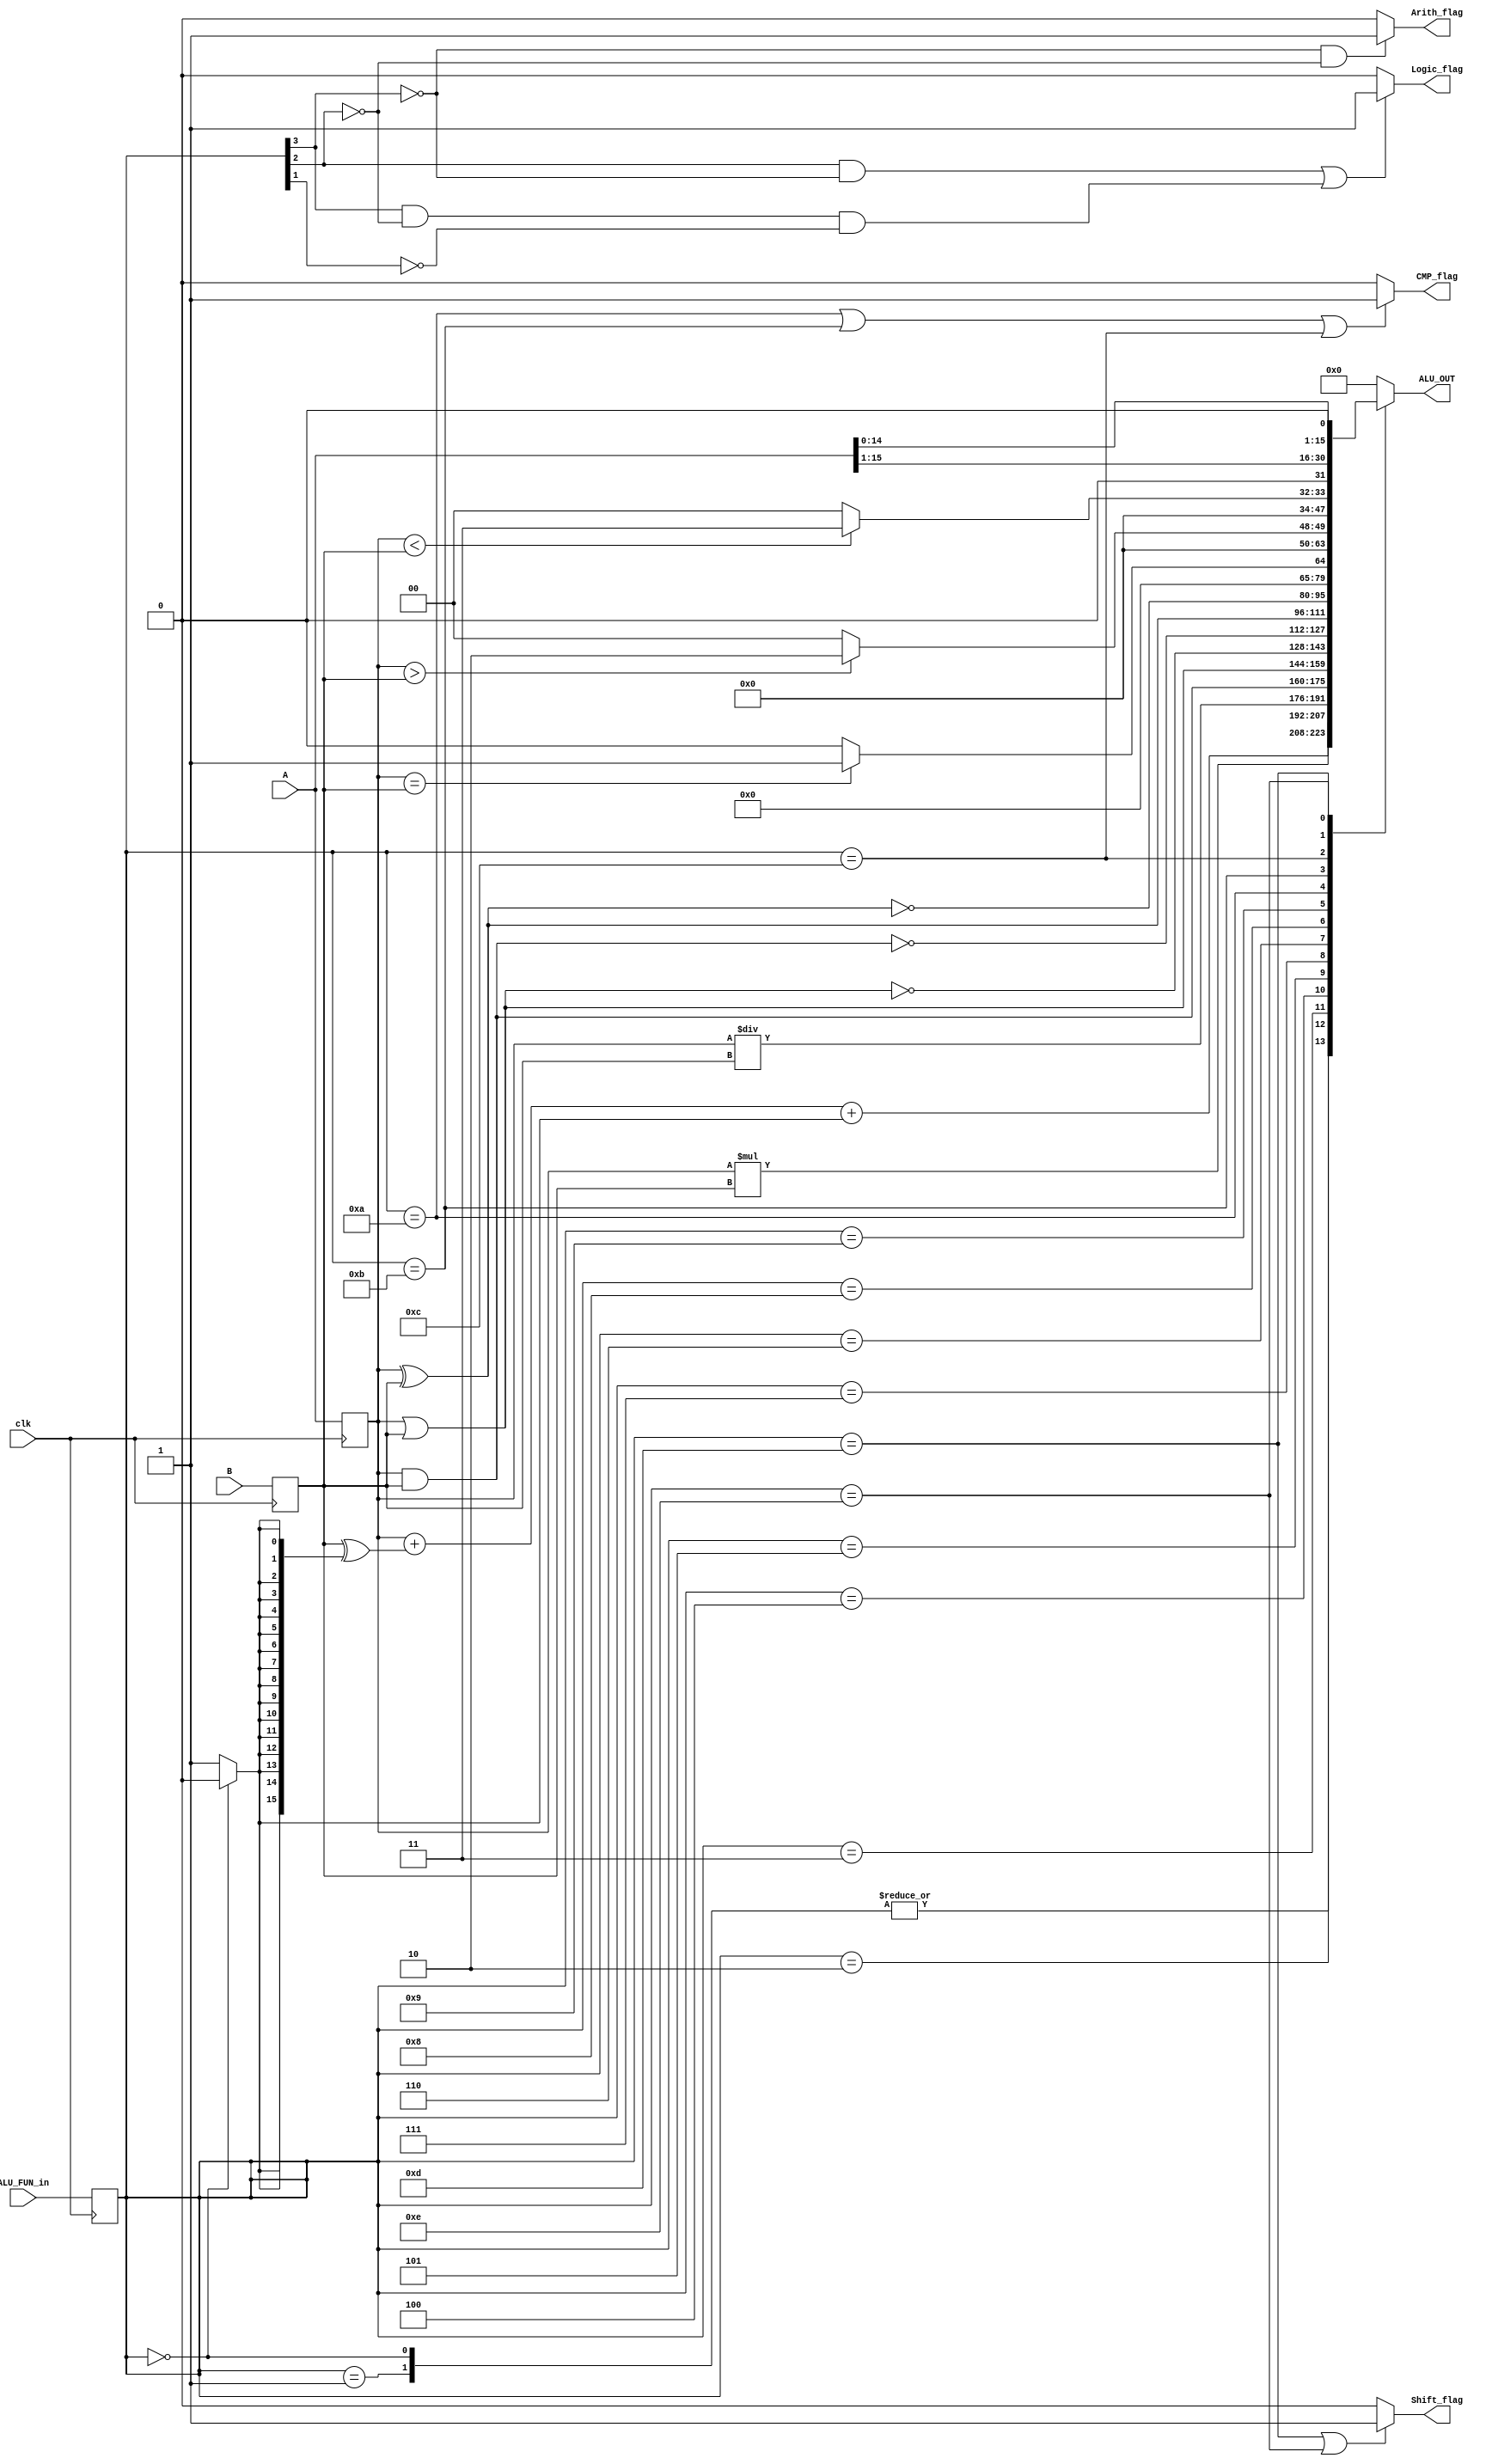
module ALU_UNIT(
input [15:0]A,B,
input [3:0]ALU_FUN_in, //its value not known-->> ALU_OUT=16'b0

input clk,
output Arith_flag, Logic_flag, CMP_flag, Shift_flag,
output reg [15:0] ALU_OUT
);
  parameter ADD=0, SUB=1, MUL=2, DIV=3, AND=4, OR=5, NAND=6, 
    NOR=7, XOR=8, XNOR=9, CMPEQ=10, CMPGT=11, CMPLE=12,
    SHR=13, SHL=14;

  
  
  reg [15:0]Areg,Breg; //registers to isolate the operands A,B for a better power performance
  reg [3:0]ALU_FUN;
  reg [15:0] ALU_OUT_registered;
  
  wire subFlag;
  wire [15:0]  Result, addendOrSubbed;
  
  assign Arith_flag=(ALU_FUN[3]==0 & ALU_FUN[2] == 0) ?1:0;
  assign Logic_flag=( ( ALU_FUN[2] == 1 &&ALU_FUN[3]==0)  || (ALU_FUN[3]==1 && ALU_FUN[2] == 0 && ALU_FUN[1] == 0) )?1:0;
  assign CMP_flag=(ALU_FUN == 4'b1010 ||ALU_FUN == 4'b1011 ||ALU_FUN == 4'b1100)?1:0;
  assign Shift_flag=(ALU_FUN == 4'b1101 || ALU_FUN == 4'b1110)?1:0;
  
  always@(posedge clk)
  begin
    Areg<=A;
    Breg<=B;
    ALU_FUN<=ALU_FUN_in;
    ALU_OUT_registered<=ALU_OUT;
  end
  
  assign subFlag=(ALU_FUN == 4'b0000)? 0:1;
  
  assign addendOrSubbed=Breg ^ {16 {subFlag}};
  assign Result=Areg+addendOrSubbed+subFlag;
  
  //parameter ADD=0, SUB=1, MUL=2, DIV=3, AND=4, OR=5, NAND=6, 
    //NOR=7, XOR=8, XNOR=9, CMPEQ=10, CMPGT=11, CMPLE=12,
    //SHR=13, SHL=14;
  
  always@(*)
  begin 
    
    case(ALU_FUN)
      ADD:ALU_OUT=Result;
      SUB: ALU_OUT=Result;
      
      MUL: ALU_OUT=Areg*Breg;
      DIV: ALU_OUT=Areg/Breg;
      AND: ALU_OUT=Areg&Breg;
      OR: ALU_OUT=Areg|Breg;
      NOR: ALU_OUT=~(Areg|Breg);
      NAND: ALU_OUT=~(Areg&Breg);
      XOR: ALU_OUT=Areg^Breg;
      XNOR: ALU_OUT=~(Areg^Breg);
      
      CMPEQ:begin if(Areg==Breg) ALU_OUT=1; else ALU_OUT=0; end
      CMPGT:begin if(Areg > Breg) ALU_OUT=2; else ALU_OUT=0; end
      CMPLE:begin if(Areg < Breg) ALU_OUT=3; else ALU_OUT=0; end
      SHR: ALU_OUT=A>>1;
      SHL: ALU_OUT=A<<1;
      default:ALU_OUT=16'b0;
    endcase
      
    
    
  end
  
  
endmodule